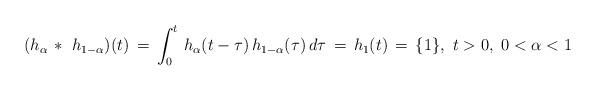
LaTeX: \begin{align*}(h_\alpha\, *\ h_{1-\alpha})(t) \, = \, \int_0^t \, h_\alpha(t-\tau)\, h_{1-\alpha}(\tau)\, d\tau \, = \, h_1(t)\, = \, \{1\},\ t>0,\ 0<\alpha < 1\end{align*}